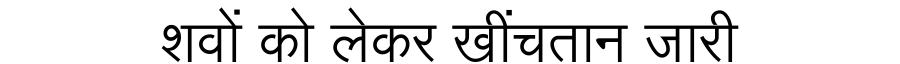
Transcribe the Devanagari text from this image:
शवों को लेकर खींचतान जारी